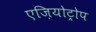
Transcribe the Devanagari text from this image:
एज़ियोट्रोप